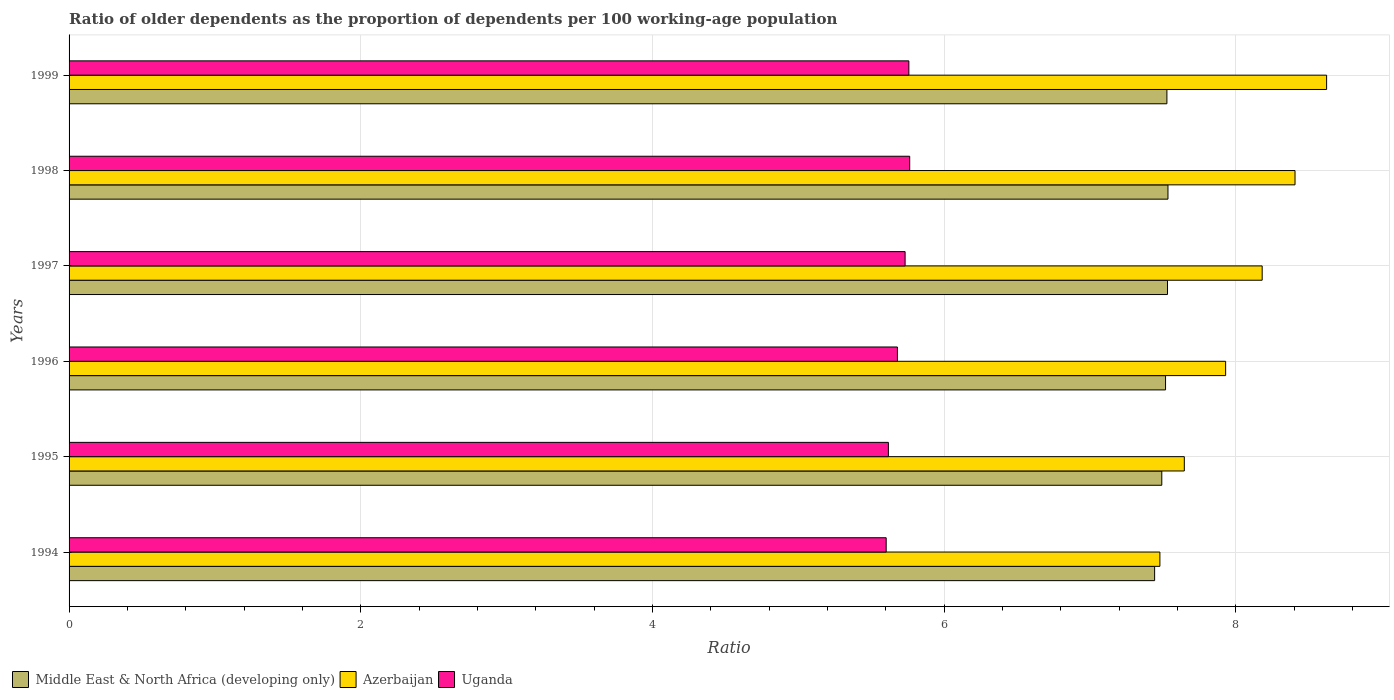
| Years | Middle East & North Africa (developing only) | Azerbaijan | Uganda |
 | --- | --- | --- | --- |
 | 1994 | 7.44 | 7.48 | 5.6 |
 | 1995 | 7.49 | 7.65 | 5.62 |
 | 1996 | 7.52 | 7.93 | 5.68 |
 | 1997 | 7.53 | 8.18 | 5.73 |
 | 1998 | 7.53 | 8.41 | 5.76 |
 | 1999 | 7.53 | 8.62 | 5.76 |